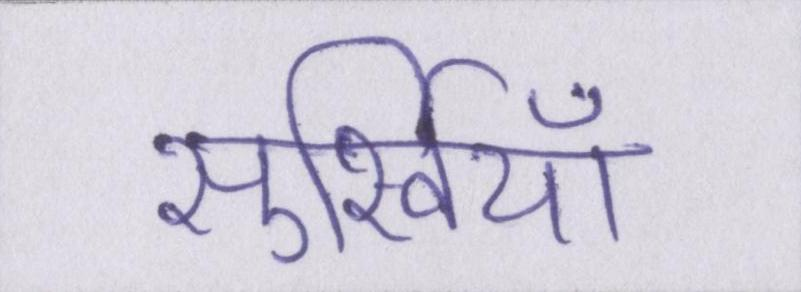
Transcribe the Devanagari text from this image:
सुर्खियाँ